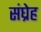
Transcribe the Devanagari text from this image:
संघ्रेह